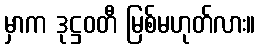
မှာက ဒုဋ္ဌဝတီ မြစ်မဟုတ်လား။